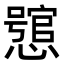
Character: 𢣉